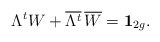
\begin{align*}\Lambda^{t} W+{\overline{\Lambda^{t}}}\, {\overline{W}}={\bf{ 1}}_{2g}.\end{align*}